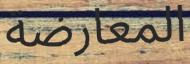
المعارضة